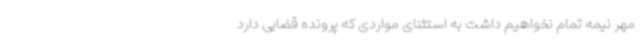
مهر نیمه تمام نخواهیم داشت به استثنای مواردی که پرونده قضایی دارد